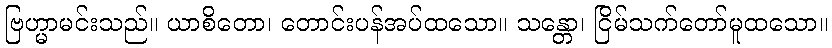
ဗြဟ္မာမင်းသည်။ ယာစိတော၊ တောင်းပန်အပ်ထသော။ သန္တော၊ ငြိမ်သက်တော်မူထသော။